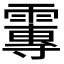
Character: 𩅂